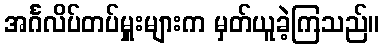
အင်္ဂလိပ်တပ်မှူးများက မှတ်ယူခဲ့ကြသည်။